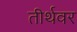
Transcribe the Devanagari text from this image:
तीर्थवर